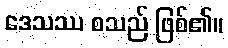
ဒေသဿ စသည် ဖြစ်၏။